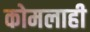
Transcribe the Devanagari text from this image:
कोमलाही